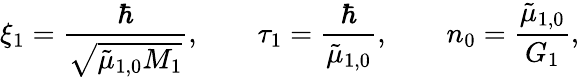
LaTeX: \xi_{1}=\frac{\hbar}{\sqrt{{\tilde{\mu}_{1,0}}M_{1}}},\qquad\tau_{1}=\frac{\hbar}{{\tilde{\mu}_{1,0}}},\qquad n_{0}=\frac{{\tilde{\mu}_{1,0}}}{G_{1}},